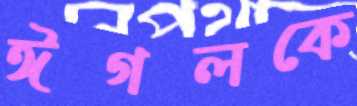
ঈগলকে